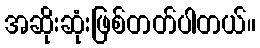
အဆိုးဆုံးဖြစ်တတ်ပါတယ်။